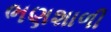
ભણશાળી